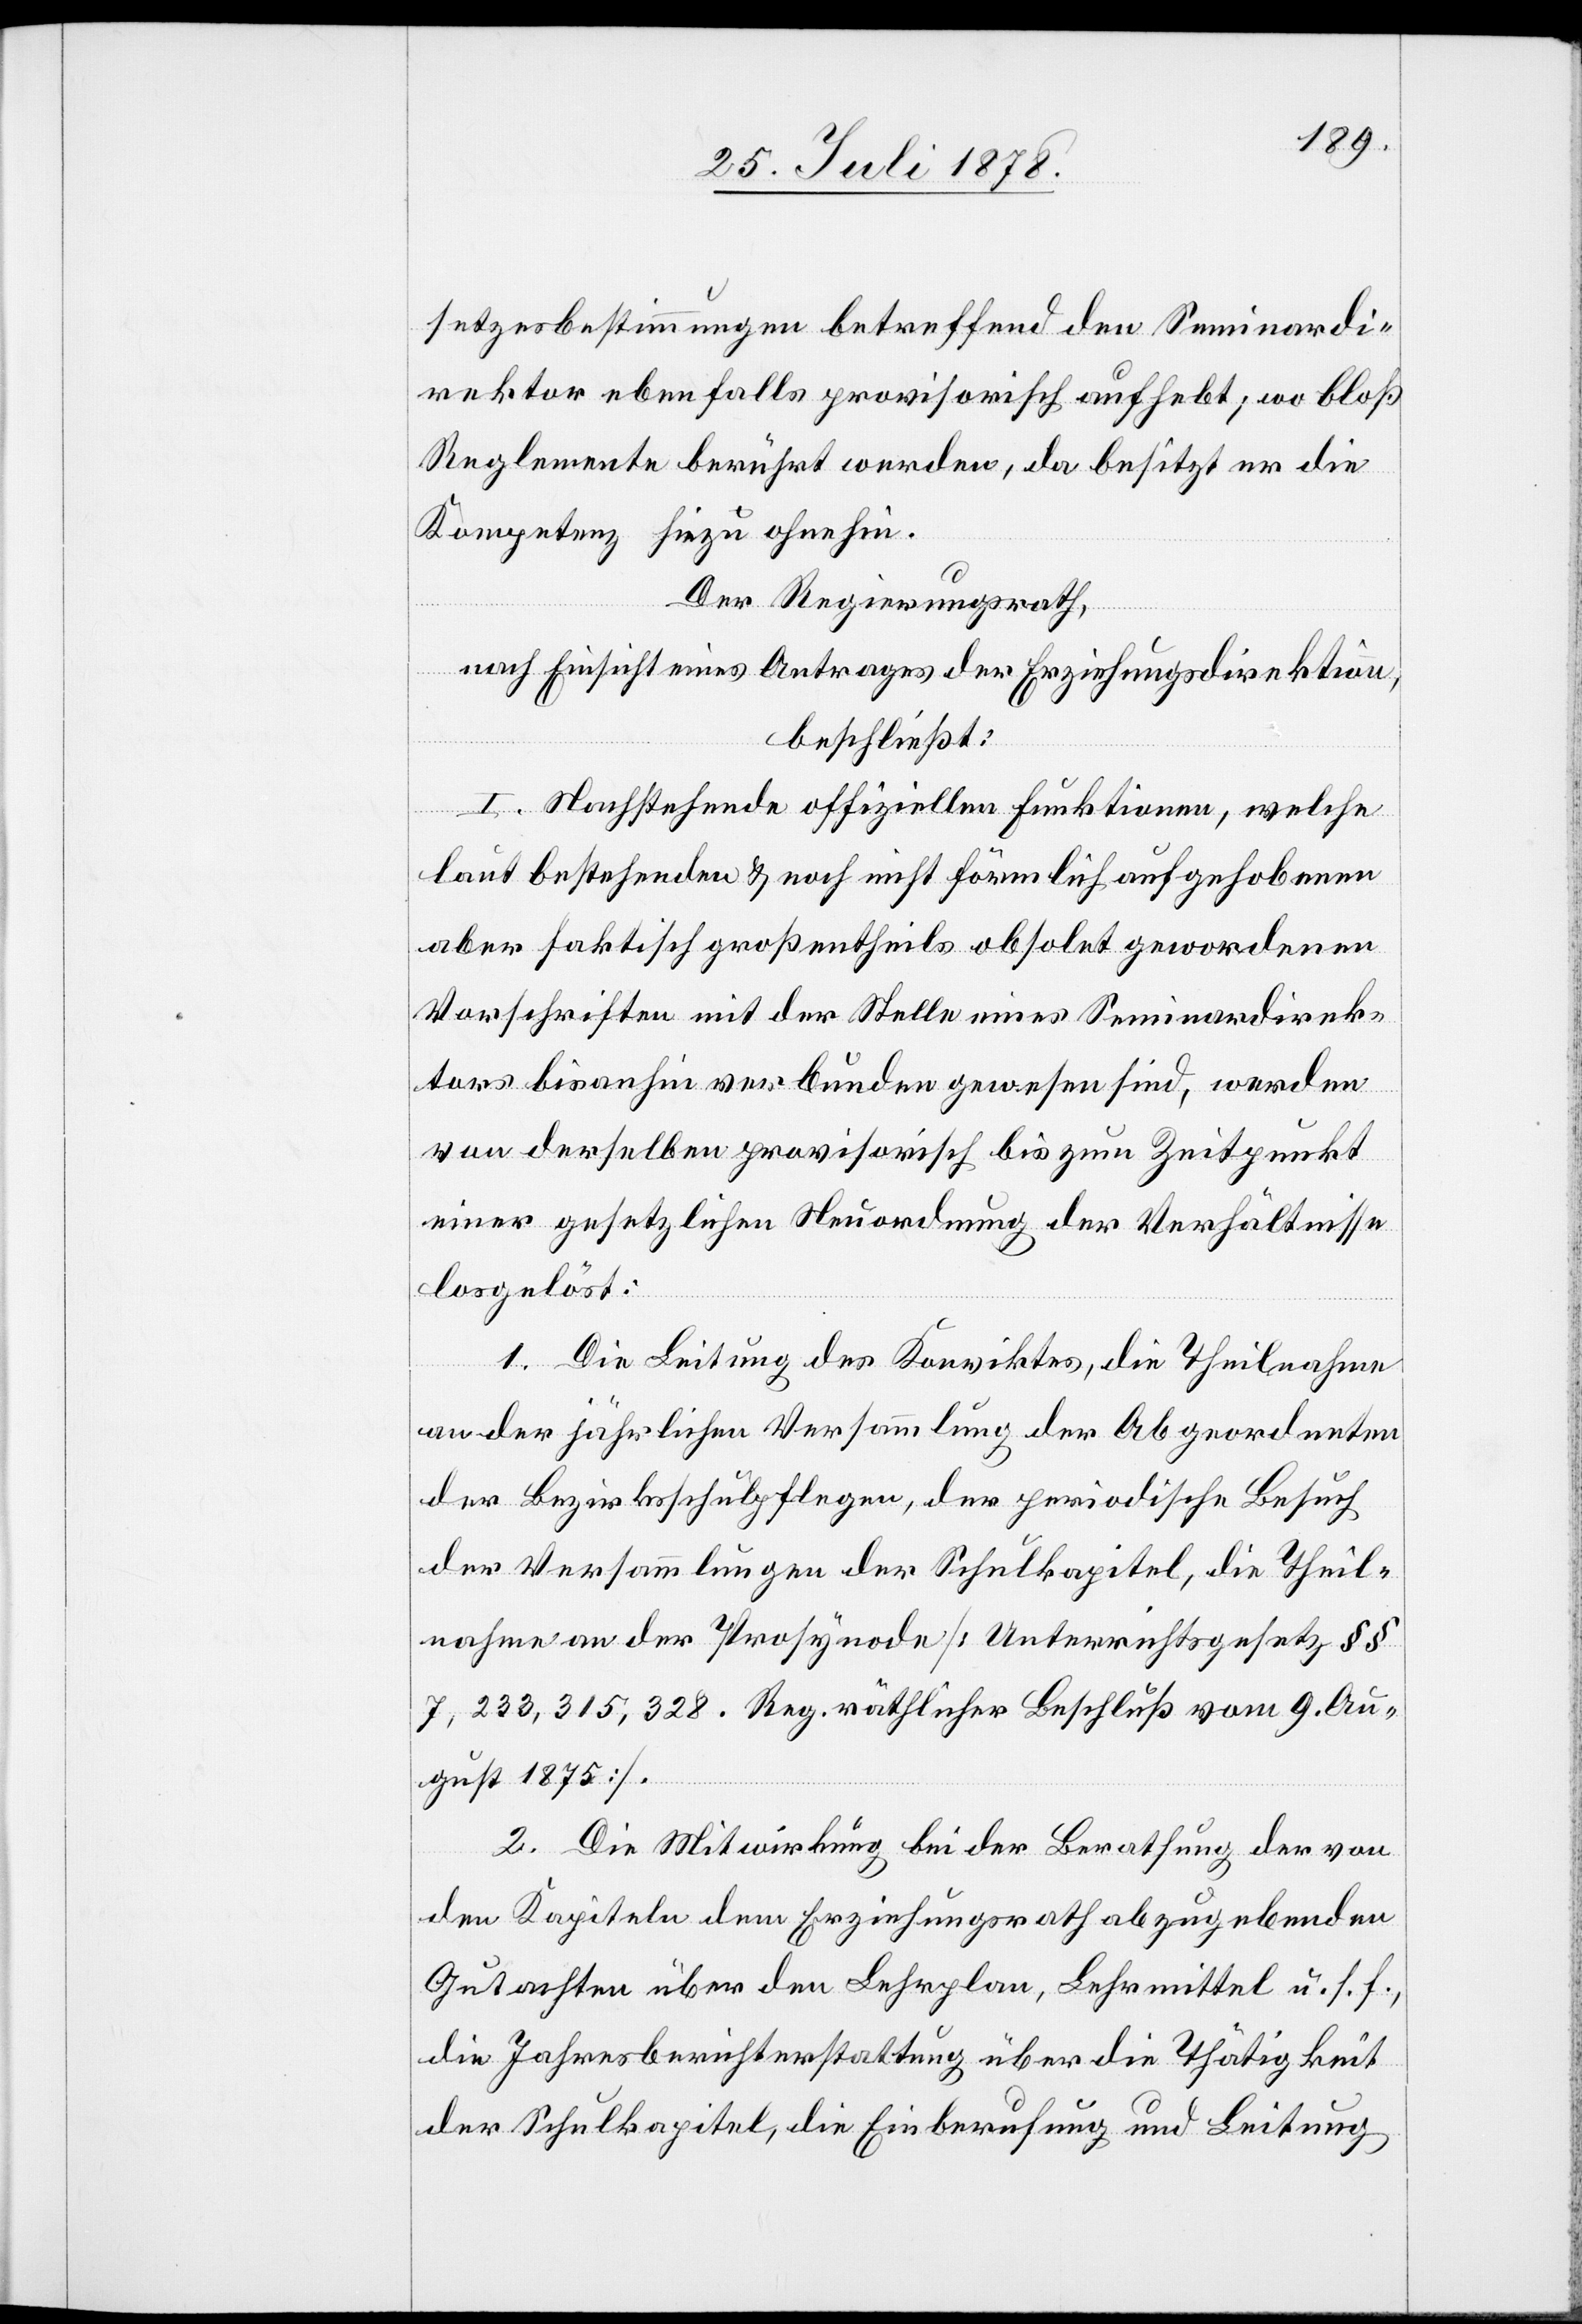
setzesbestimmungen betreffend den Seminardi¬
rektor ebenfalls provisorisch aufhebt; wo bloß
Reglemente berührt werden, da besitzt er die
Kompetenz hiezu ohnehin.
Der Regierungsrath,
nach Einsicht eines Antrages der Erziehungsdirektion,
beschließt:
I. Nachstehende offiziellen Funktionen, welche
laut bestehenden & noch nicht förmlich aufgehobenen
aber faktisch großentheils obsolet gewordenen
Vorschriften mit der Stelle eines Seminardirek¬
tors bisanhin verbunden gewesen sind, werde¬
n derselben provisorisch bis zum Zeitpunkt
einer gesetzlichen Neuordnung der Verhältnisse
losgelöst:
1. Die Leitung des Konviktes, die Theilnahme
an der jährlichen Versammlung der Abgeordneten
der Bezirksschulpflegen, der periodische Besuch
der Versammlungen der Schulkapitel, die Theil¬
nahme an der Prosynode [Unterrichtsgesetz §§
7, 233, 315, 328. Reg. räthlicher Beschluß vom 9. Au¬
gust 1875].
2. Die Mitwirkung bei der Berathung der von
den Kapiteln dem Erziehungsrath abzugebenden
Gutachten über den Lehrplan, Lehrmittel u. s. f.,
die Jahresberichterstattung über die Thätigkeit
der Schulkapitel, die Einberufung und Leitung